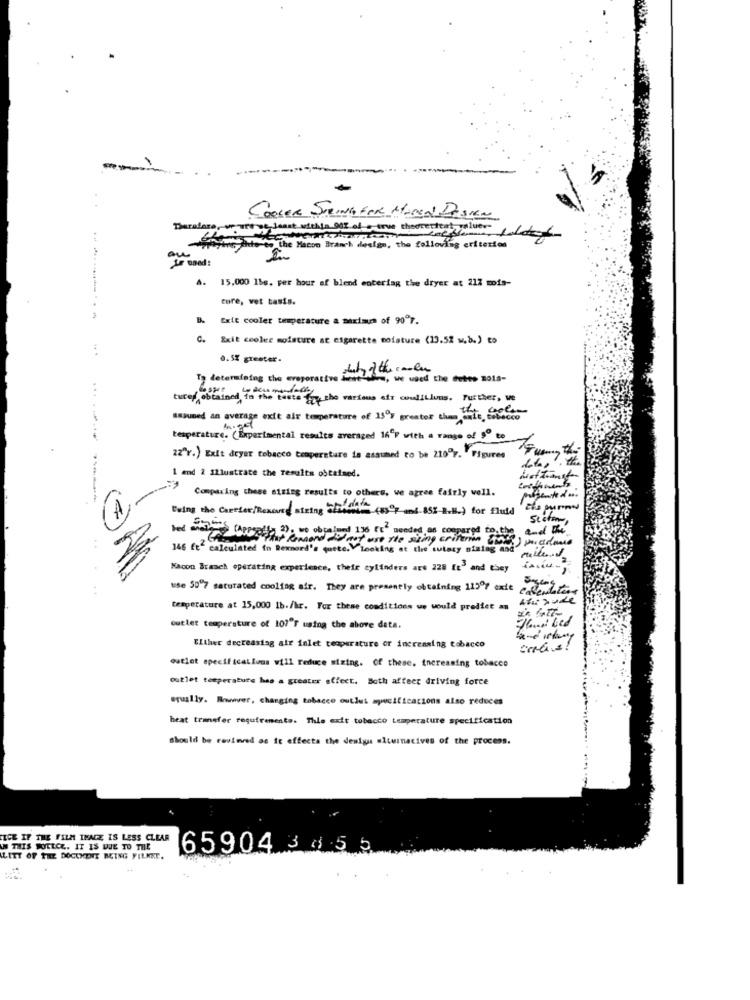
COOLER STRING FOR Hend Pasian
parafare, or uro pe Jean
yine auto to the Macon Branch
ign, the following criterios
ou
Je oned:
15,000 1bs. per hour of blend entering the dryer at 212 mois-
core, vet tasis.
B. Exit cooler temperature a maximum of 90ºr.
Exit cooler moisture at esgarette moisture (13.52 w.b.) to
0.5% greater.
To determining the eroperative wany the cake
ser obtained to the taste of the various air conditions. Further, we
assumed an average exit air temperature of 15ºy greater than inte, tobacco
temperature. (Experimental results averaged 16" with a range of 9º to
22"r.) Exit dryer tobacco temperature is assumed to be 210º7. Figures
dotar
1 and 2 Illustrate the results obtained.
Comparing these atting results to others, we agree fairly well.
Being the Carrier/Resource string Which (4507 ml-851-B.B.) for fluid
Statens
Chargeffy 2): we objelund 196 Et" needed as compared to the and the
146 ft calculated in Rekord's quete. Looking at the sulary sining and miked
une ale sing criterion (0) unanous
Kacon Branch operating experience, their cylinders are 228 [t3 and they
use 507 saturated cooling air. They are presently obtaining 11507 cxde
calendarioa
temperature at 15,000 1b./hr. For these conditions we would predict an
outlet temperature of 107"F using the above data.
Either decreasing air inlet teoperature or increasing tobacco
outlet specifications will reduce mizing. Of these, increasing tobacco
outlet temperature hes a greater effect. Both affect driving force
equally. However, changing tobacco outlet specifications also reduces
heat transfer requirements. The exit tobacco temperature specification
should be ravieved as it affects the design alternatives of the process.
ICE IF THE FILM IMAGE IS LESS CLEAR
IN THIS WILLCE. IT IS DUE TO TILE
65904 3455.
LITT OF THE DOCUMENT BEING FILMEE.